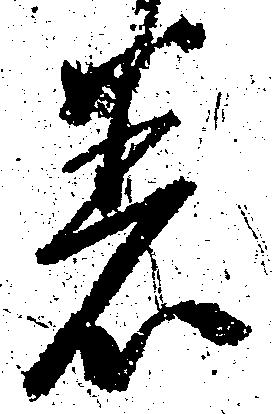
差